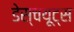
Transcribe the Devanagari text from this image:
डेस्चयूट्स